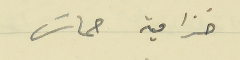
خزامية حماسَ